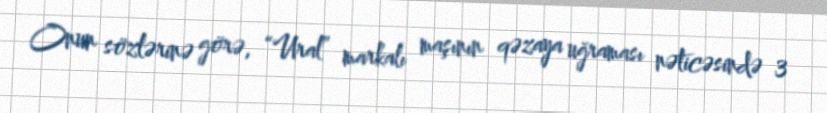
Onun sözlərinə görə, “Ural” markalı maşının qəzaya uğraması nəticəsində 3